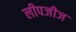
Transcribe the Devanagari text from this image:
लीपजीज